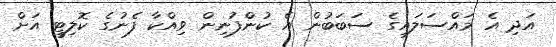
އަދި އެ މައްސަލައިގެ ސަބަބުން އެ ކުންފުނިން ވިއްކާ ފެނުގެ ކޮލިޓީ އަށް